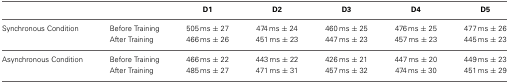
|  |  | D1 | D2 | D3 | D4 | D5 |
 | --- | --- | --- | --- | --- | --- | --- |
 | Synchronous Condition | Before Training | 505 ms ± 27 | 474 ms ± 24 | 460 ms ± 25 | 476 ms ± 25 | 477 ms ± 26 |
 |  | After Training | 466 ms ± 26 | 451 ms ± 23 | 447 ms ± 23 | 457 ms ± 23 | 445 ms ± 23 |
 | Asynchronous Condition | Before Training | 466 ms ± 22 | 443 ms ± 22 | 426 ms ± 21 | 447 ms ± 20 | 449 ms ± 23 |
 |  | After Training | 485 ms ± 27 | 471 ms ± 31 | 457 ms ± 32 | 474 ms ± 30 | 451 ms ± 29 |